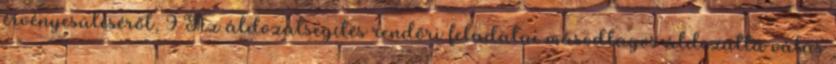
érvényesüléséről, 9 Az áldozatsegítés rendőri feladatai másodlagos áldozattá válás